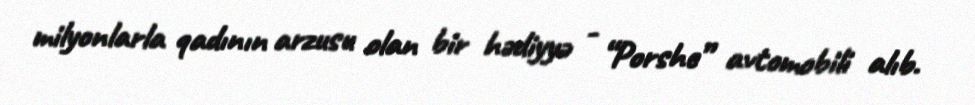
milyonlarla qadının arzusu olan bir hədiyyə - “Porshe” avtomobili alıb.